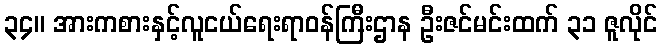
၃၄။ အားကစားနှင့်လူငယ်ရေးရာဝန်ကြီးဌာန ဦးဇင်မင်းထက် ၃၁ ဇူလိုင်